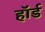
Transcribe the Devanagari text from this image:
हॉर्ड